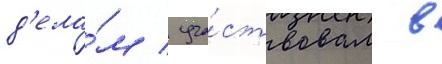
д'ела́м / уча́ствовал в